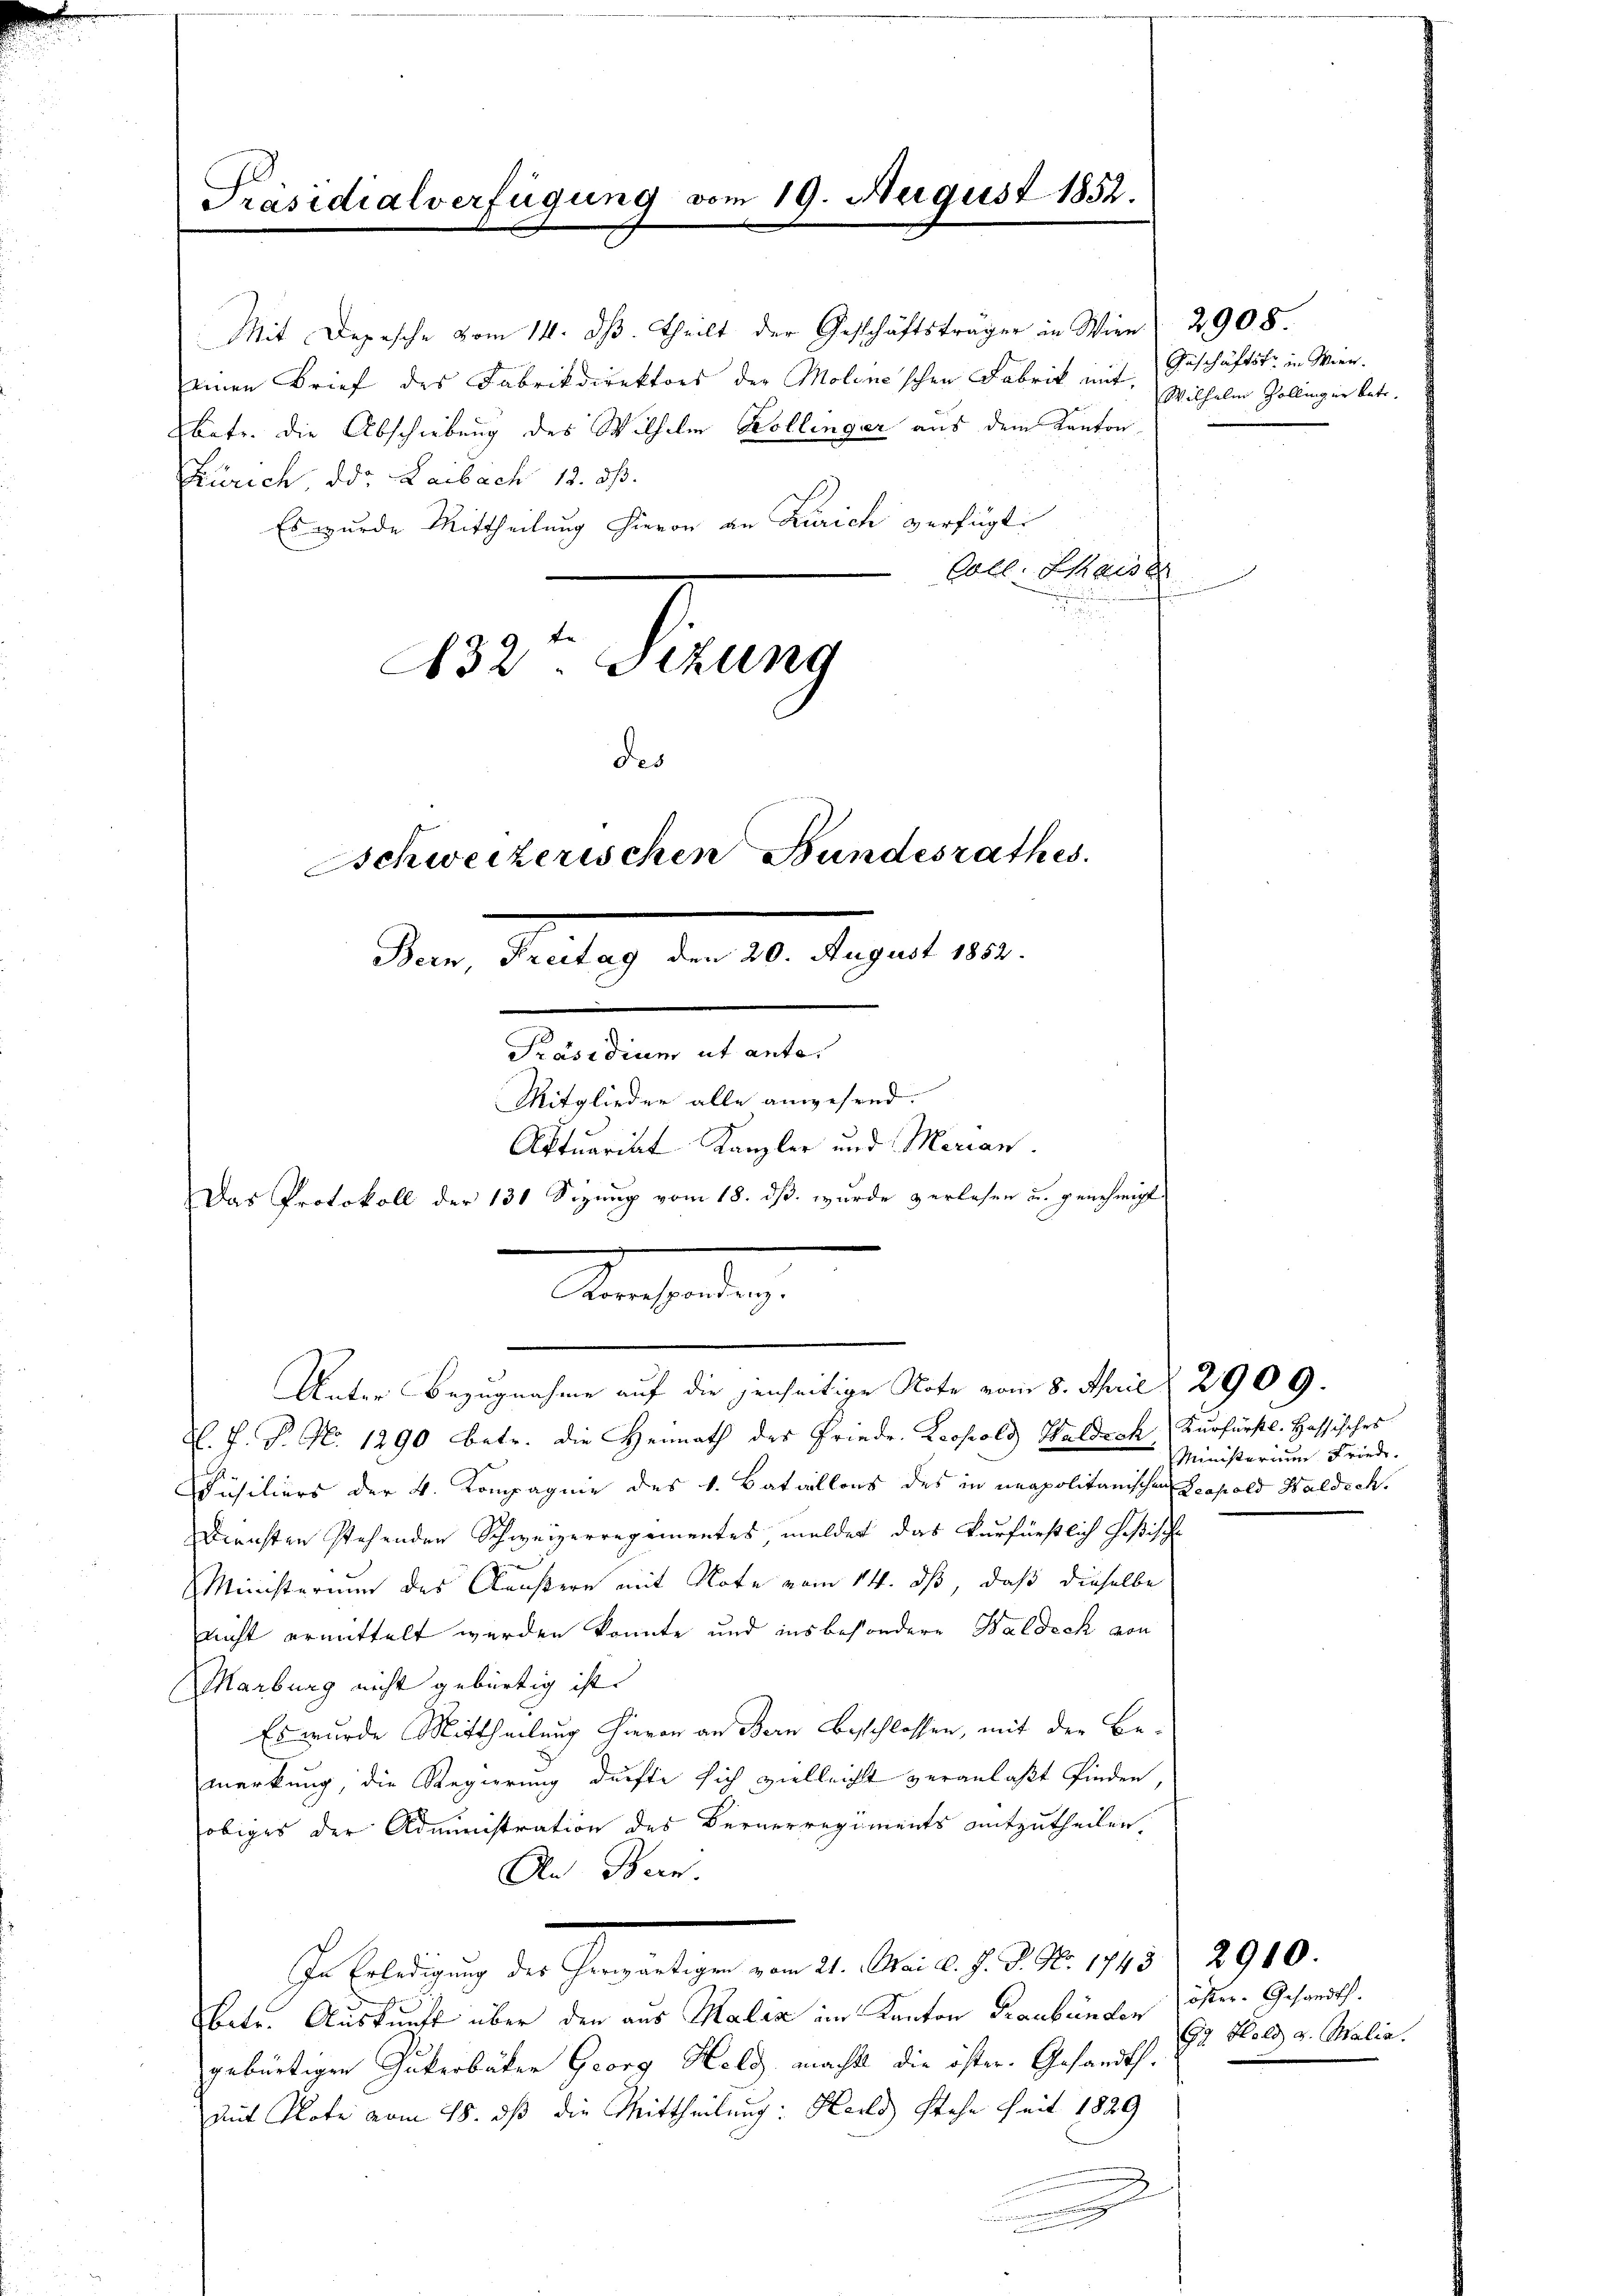
e

Präsidialverfügung vom 19. August 1852.

Mit Depesche vom 14. dβ. theilt der Geschäftsträger in Wien 2908.
einen Brief des Fabrikdirektors der Molonischen Fabrik mit,
Ebetr. die Abschiebung des Wilhelm Kollinger aus dem Kanton
Zürich, das Laibach 12. ds.
Es wurde Mittheilung hievon an Zürich verfügt:
Coll. Kaiser
232. Sizung
des
Schweizerischen Bundesrathes.
Bern, Freitag den 20. August 1852.
Präsidium ut ante.
Mitglieder alle anwesend.
Aktuariat Kanzler und Marian.
Das Protokoll der 130 Sizung vom 18. ds. wurde verlesen u. genehmigt
Reinheiten.

Unter Bezugnahme auf die jenseitige Note vom 8. April 2909.

L. P. P. No. 1290 betr. die Heimath des Friede. Leopold Waldech Kurfürstl. Hassisches
Füsiliers der 4. Kompagnie des v. Bataillons des in unapolitanischen Leopold Waldech.
Diensten stehenden Schweizerregimentes, meldet das Verfürstlich Heßische
Ministerium des Clausern mit Note vom 14. ds, daß dieselbe
nicht ermittelt werden konnte und insbesondere Waldeck von
Marburg nicht gebürtig ist.
Es wurde Mittheilung hievon an Bern Beschlossen, mit der Bemerkung, die Regierung durfte sich vielleicht veranlaßt finden,
obiges der Administration des Bernerregiments mitzutheilen.
An Bern.
s. Blutung der Gemeinen in d. Aber 1810. 190
betr. Auskunft über den aus Malia im Kanton Graubünden öster. Gesandt.
gebürtigen Gukerbäker Georg Held macht die öster. Gesandtsmit Note vom 18. dß die Mittheilung: Heils stehe Zeit 1829
.

Geschäftsfr. in Wien.
Wilhelm Zollinger kate.

Ministerium Friede

2910.

Ga Held u. Malia.